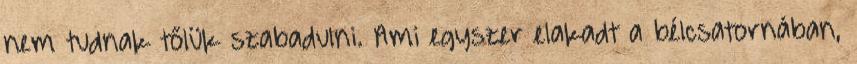
nem tudnak tőlük szabadulni. Ami egyszer elakadt a bélcsatornában,